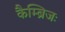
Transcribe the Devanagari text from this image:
कैम्ब्रिजः